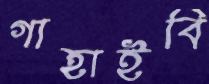
গাহাইবি